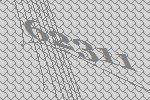
62311